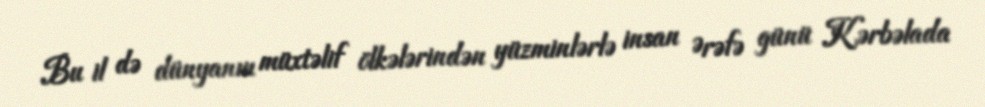
Bu il də dünyanın müxtəlif ölkələrindən yüzminlərlə insan Ərəfə günü Kərbəlada